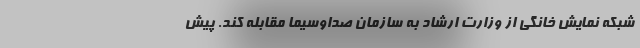
شبکه نمایش خانگی از وزارت ارشاد به سازمان صداوسیما مقابله کند. پیش